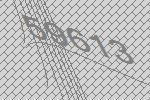
59613